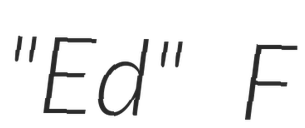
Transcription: "Ed" F